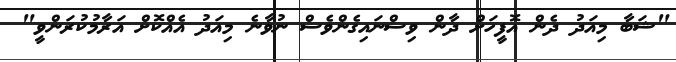
"ޝަބާ މިއަދު ދެން އޮފީހަށް ދާން ވިސްނައިގެންވެސް ނުވާނެ މިއަދު އެއްކޮށް އަރާމުކުރަންވީ"